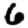
Digit: 6